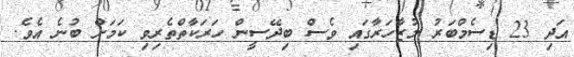
އަދި 23 ޑިސެމްބަރު މުޒާހަރާގައި ވެސް ބިދޭސީން ހަރަކާތްތެރިވި ކަމަށް ބުނެ އެވެ.